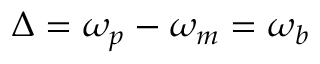
\Delta = \omega _ { p } - \omega _ { m } = \omega _ { b }